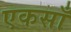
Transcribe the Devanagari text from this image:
एकसाँ